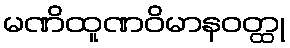
မဏိထူဏဝိမာနဝတ္ထု